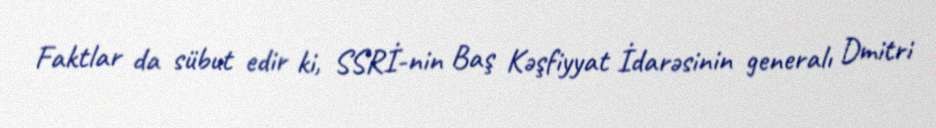
Faktlar da sübut edir ki, SSRİ-nin Baş Kəşfiyyat İdarəsinin generalı Dmitri